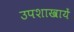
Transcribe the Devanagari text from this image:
उपशाखायें